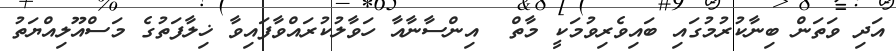
އަދި ވަތަން ބިނާކުރުމުގައި ބައިވެރިވުމަކީ މާތް  އިންސާނާއާ ހަވާލުކުރައްވާފައިވާ ޚިލާފަތުގެ މަސްއޫލިއްޔަތު